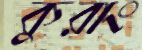
কুরাং